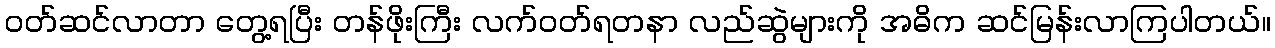
ဝတ်ဆင်လာတာ တွေ့ရပြီး တန်ဖိုးကြီး လက်ဝတ်ရတနာ လည်ဆွဲများကို အဓိက ဆင်မြန်းလာကြပါတယ်။